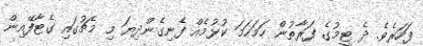
ފަހަރެވެ. ދެ ޓީމުގެ ފަރާތުން ހަމަހަމަ ކުޅުމެއް ފެނިގެންދިޔަ މި މެޗުގައި ގެޓާފޭއިން